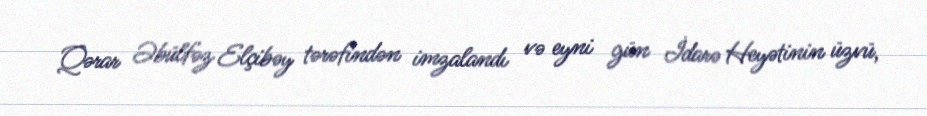
Qərar Əbülfəz Elçibəy tərəfindən imzalandı və eyni gün İdarə Heyətinin üzvü,